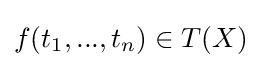
f(t_{1},...,t_{n})\in T(X)